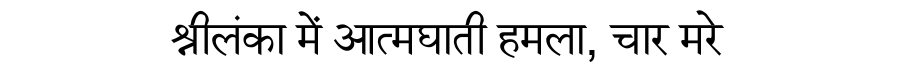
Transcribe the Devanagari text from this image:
श्रीलंका में आत्मघाती हमला, चार मरे